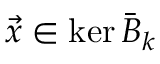
\vec { x } \in \ker \bar { B } _ { k }